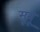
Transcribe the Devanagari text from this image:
मूनू